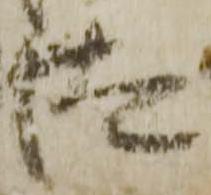
汰